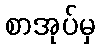
စာအုပ်မှ